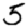
Digit: 5